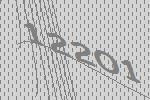
12201